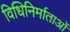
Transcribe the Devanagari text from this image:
विधिनिर्माताओं